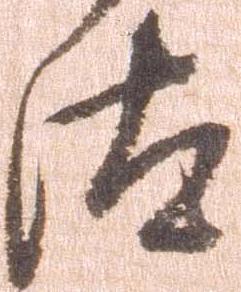
汰